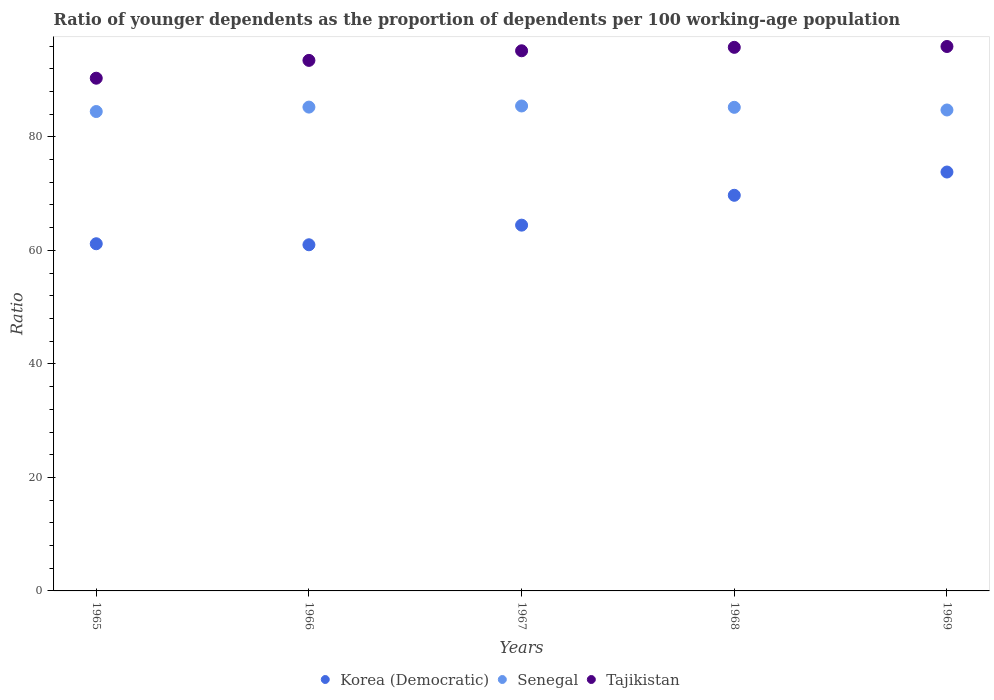
| Years | Korea (Democratic) | Senegal | Tajikistan |
 | --- | --- | --- | --- |
 | 1965 | 61.2 | 84.5 | 90.3 |
 | 1966 | 61 | 85.2 | 93.5 |
 | 1967 | 64.4 | 85.4 | 95.2 |
 | 1968 | 69.7 | 85.2 | 95.8 |
 | 1969 | 73.8 | 84.7 | 95.9 |